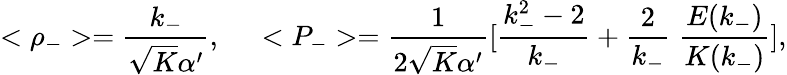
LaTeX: <\rho_{-}>=\frac{k_{-}}{\sqrt{K}\alpha^{\prime}},\; \; \; \; \; <P_{-}>=\frac{1}{2\sqrt{K}\alpha^{\prime}}[\frac{k_{-}^{2}-2}{k_{-}}+\frac{2}{k_{-}}\; \frac{E(k_{-})}{K(k_{-})}],